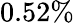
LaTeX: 0.52\%